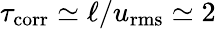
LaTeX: \tau_{\mathrm{corr}}\simeq\ell/u_{\mathrm{rms}}\simeq 2